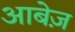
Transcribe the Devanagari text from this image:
आबेज़